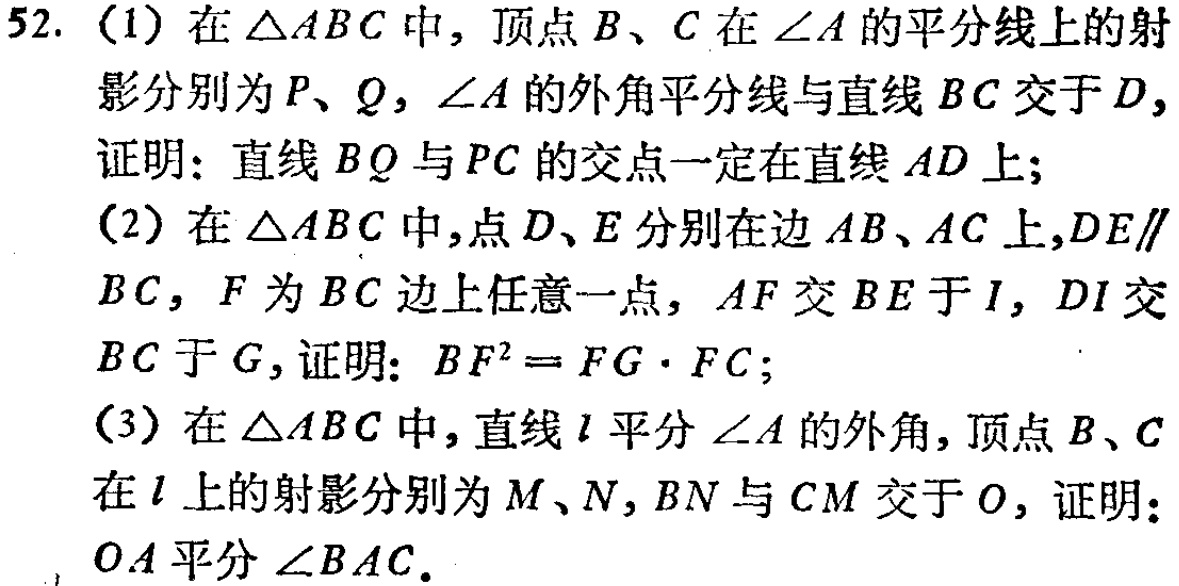
52. (1) 在\(\triangle ABC\)中，顶点\(B\)、\(C\)在\(\angle A\)的平分线上的射影分别为\(P\)、\(Q\)，\(\angle A\)的外角平分线与直线\(BC\)交于\(D\)，证明：直线\(BQ\)与\(PC\)的交点一定在直线\(AD\)上；

(2) 在\(\triangle ABC\)中，点\(D\)、\(E\)分别在边\(AB\)、\(AC\)上，\(DE\parallel BC\)，\(F\)为\(BC\)边上任意一点，\(AF\)交\(BE\)于\(I\)，\(DI\)交\(BC\)于\(G\)，证明：\(BF^{2}=FG\cdot FC\)；

(3) 在\(\triangle ABC\)中，直线\(l\)平分\(\angle A\)的外角，顶点\(B\)、\(C\)在\(l\)上的射影分别为\(M\)、\(N\)，\(BN\)与\(CM\)交于\(O\)，证明：\(OA\)平分\(\angle BAC\)。